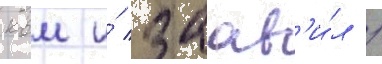
квм и́ заав'и́л /